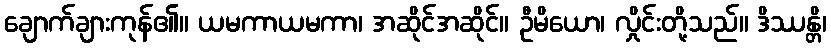
ချောက်ချားကုန်၏။ ယမကာယမကာ၊ အဆိုင်အဆိုင်။ ဦမိယော၊ လှိုင်းတို့သည်။ ဒိဿန္တိ၊